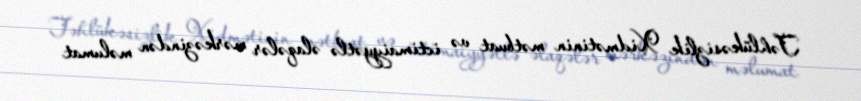
Təhlükəsizlik Xidmətinin mətbuat və ictimaiyyətlə əlaqələr mərkəzindən məlumat